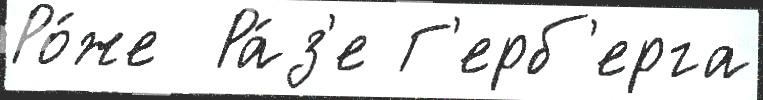
Ро́же  Ра́з'е Г'ерб'ерга